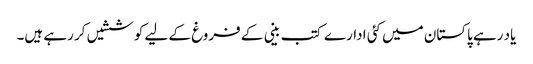
یاد رہے پاکستان میں کئی ادارے کتب بینی کے فروغ کے لیے کوششیں کر رہے ہیں۔